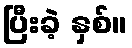
ပြီးခဲ့ နှစ်။